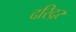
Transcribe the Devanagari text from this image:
दरिद्रर